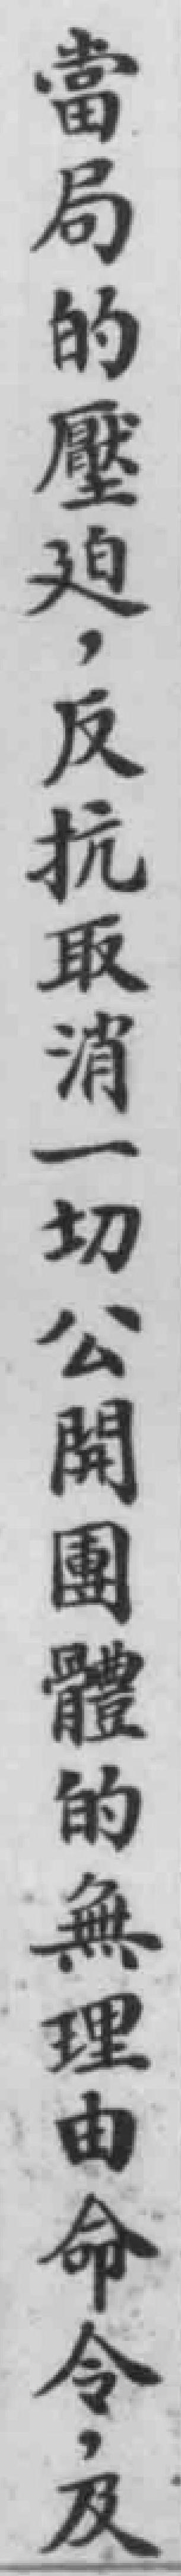
當局的壓迫，反抗取消一切公開團體的無理由命令，及